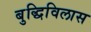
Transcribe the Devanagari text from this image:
बुद्धिविलास